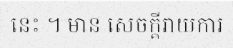
នេះ ។ មាន សេចក្តីរាយការ